Report of the Bombay Veterinary College
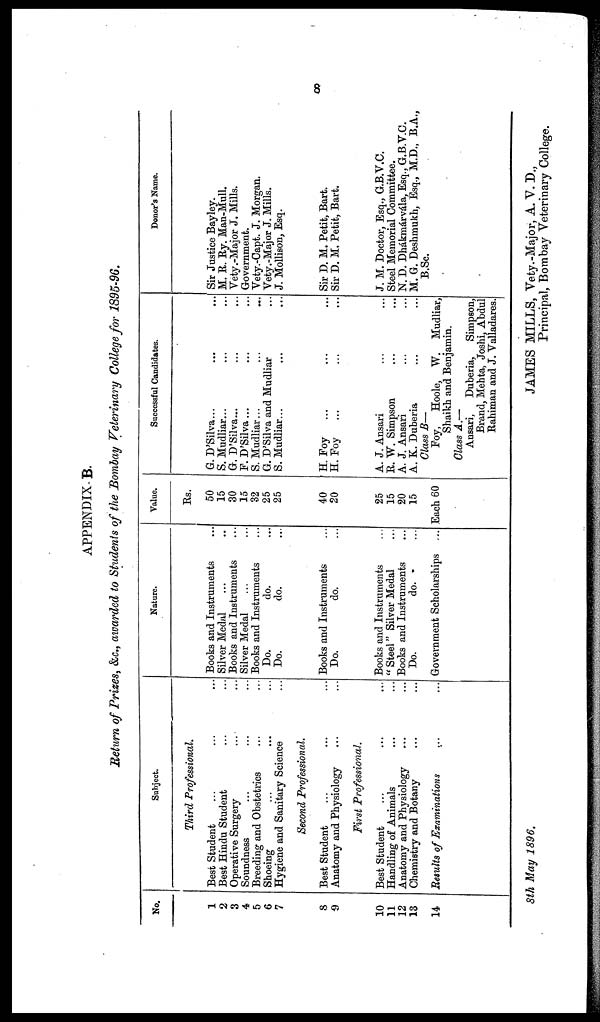
8
APPENDIX B.
Return of Prizes, &c., awarded to Students of the Bombay Veterinary College for 1895-96.
No.
1
2
3
4
5
6
7
8
9
10
11
12
13
14
Subject.
Third Professional.
Best Student ... ...
Best Hindu Student ... ...
Operative Surgery
...
...
Soundness ... ...
Breeding and Obstetrics ... ...
Shoeing ... ...
Hygiene and Sanitary Science ... ...
Second Professional.
Best Student ... ...
Anatomy and Physiology ... ...
First Professional.
Best Student ... ...
Handling of Animals ... ...
Anatomy and Physiology ... ...
Chemistry and Botany ... ...
Results of Examinations ... ...
Nature.
Books and Instruments
Silver Medal
Books and Instruments
Silver Medal
Books and Instruments
Do.
do.
Do.
do.
Books and Instruments
Do.
do.
Books and Instruments
"Steel" Silver Medal
Books and Instruments
Do.
do.
Government Scholarships ...
Value.
Rs.
50
15
30
15
32
25
25
40
20
25
15
20
15
Each 60
Successful Candidates.
G.D'Silva...
S. Mudliar...
G. D'Silva...
F. D'Silva...
S. Mudliar...
G. D'Silva and Mudliar
S. Mudliar...
H. Foy ...
H. Foy
...
A. J. Ansari
R. W. Simpson
A. J. Ansari
A. K. Duberia
Class B—
Foy, Hoole, W. Mudliar,
Shaikh and Benjamin.
Class A.—
Ansari, Duberia, Simpson,
Brand, Mehta, Joshi, Abdul
Rahiman and J. Valladares.
Donor's Name.
Sir Justice Bayley.
M. R. Ry. Man-Mull.
Vety.-Major J. Mills.
Government.
Vety.-Capt. J. Morgan.
Vety.-Major J. Mills.
J. Mollison, Esq.
Sir D. M. Petit, Bart.
Sir D. M. Petit, Bart.
J. M. Doctor, Esq., G.B.V.C.
Steel Memorial Committee.
N. D. Dhákmárvála, Esq., G.B.V.C.
M. G. Deshmukh, Esq., M.D., B.A
B.Sc.
8th May
1896.
JAMES MILLS, Vety.-Major, A. V. D.,
Principal, Bombay Veterinary College.